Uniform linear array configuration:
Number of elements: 64
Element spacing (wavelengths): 0.75
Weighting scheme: blackman
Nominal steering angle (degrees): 0
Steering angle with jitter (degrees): -0.88
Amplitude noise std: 0.05
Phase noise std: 0.05

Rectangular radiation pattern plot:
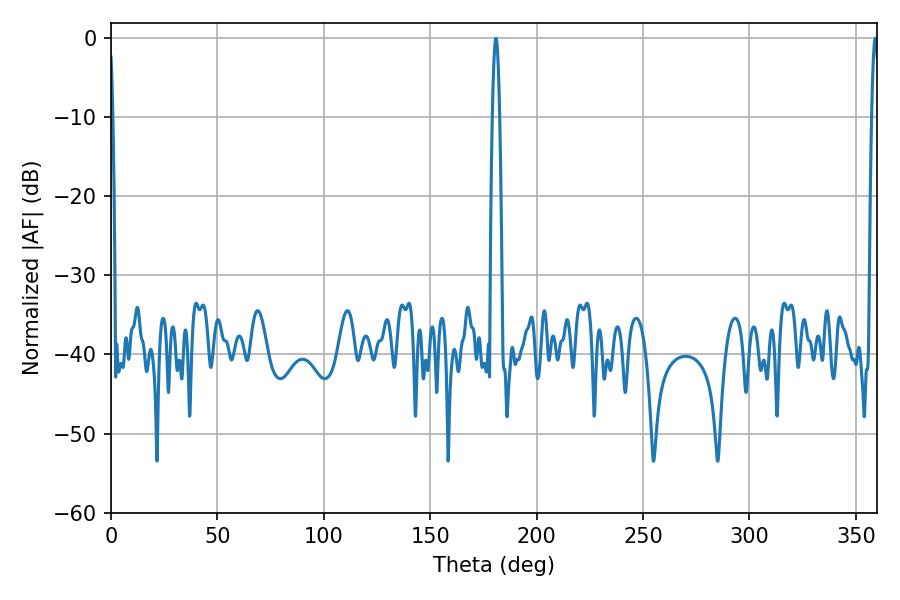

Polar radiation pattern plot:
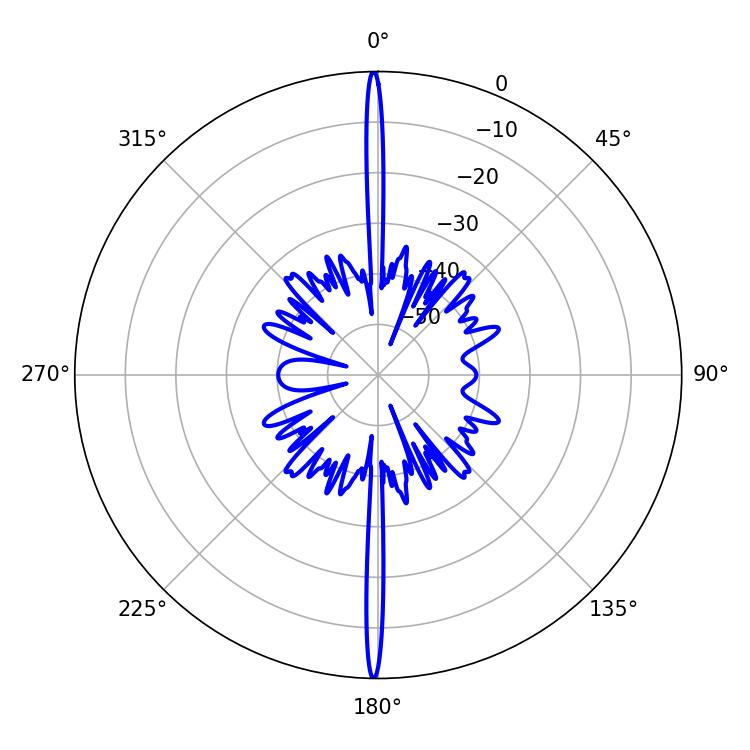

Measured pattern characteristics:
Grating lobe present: TRUE
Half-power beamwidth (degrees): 1.8
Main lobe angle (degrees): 180.9